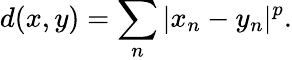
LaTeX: d(x,y)=\sum_{n}|x_{n}-y_{n}|^{p}.